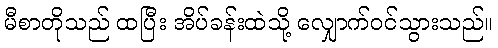
မီစာတိုသည် ထပြီး အိပ်ခန်းထဲသို့ လျှောက်ဝင်သွားသည်။